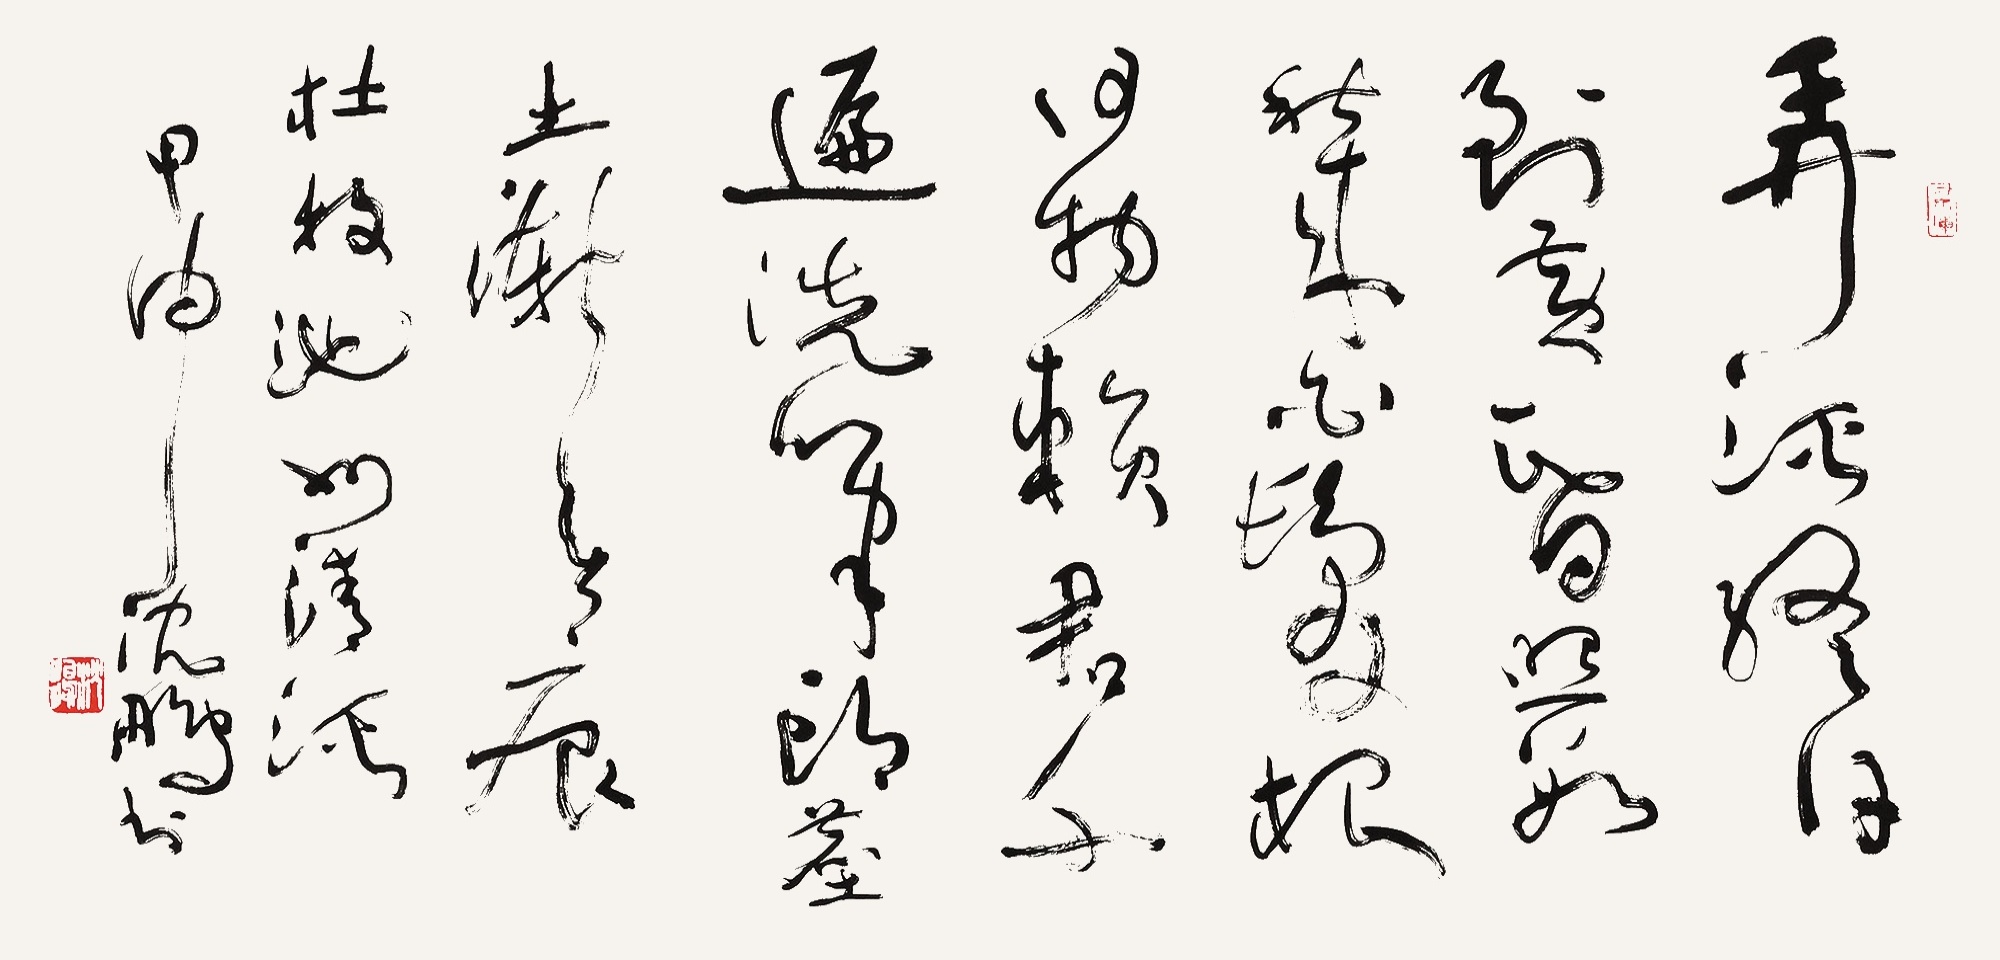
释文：弄溪终日到黄昏，照数秋来白发根。何物赖君千遍洗，笔头尘土渐无痕。杜牧《池州清溪》。甲申，沈鹏书。